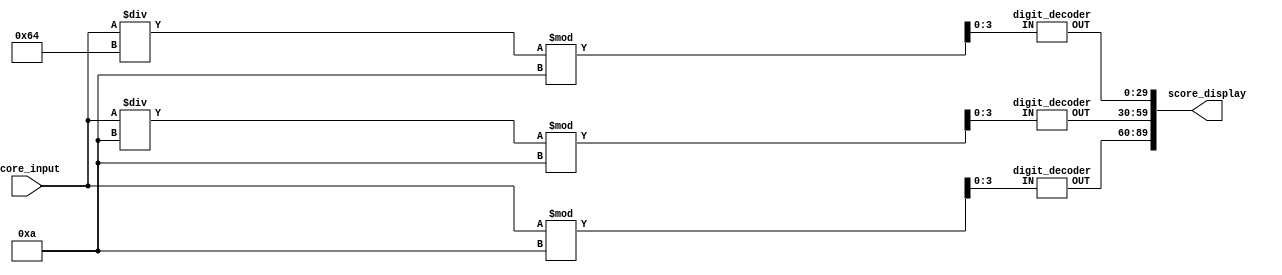
module score_to_display(
    output [89:0] score_display,
    input [7:0] score_input
);

	wire [29:0] digit_2, digit_1, digit_0;
	reg [3:0] value_2, value_1, value_0;
	
	// get the value of each digit
	always @(*)
	begin
		 value_2 <= (score_input / 100) % 10;
		 value_1 <= (score_input / 10) % 10;
		 value_0 <= score_input % 10 ;
	end

	// get the pixel information for each digit
	digit_decoder decoder_2 (
		 .OUT(digit_2),
		 .IN(value_2)
	);

	digit_decoder decoder_1 (
		 .OUT(digit_1),
		 .IN(value_1)
	);

	digit_decoder decoder_0 (
		 .OUT(digit_0),
		 .IN(value_0)
	);

	// put all the digits together
	assign score_display = {digit_0, digit_1, digit_2};

endmodule

module digit_decoder(
		 output [29:0] OUT,
		 input [3:0] IN
	);
	reg [29:0] pixels;

	assign OUT[5:0] = pixels[5:0];
	assign OUT[11:6] = pixels[11:6];
	assign OUT[17:12] = pixels[17:12];
	assign OUT[23:18] = pixels[23:18];
	assign OUT[29:24] = pixels[29:24];

	// pixel information to make a 5x6 representation of each digit
	always @(*)
   begin
	  case(IN[3:0])
			4'b0000: // 0
				 begin
					  pixels[5:0] 		= 6'b001100;
					  pixels[11:6] 	= 6'b010010;
					  pixels[17:12] 	= 6'b011010;
					  pixels[23:18] 	= 6'b010110;
					  pixels[29:24] 	= 6'b001100;
				 end
			4'b0001: // 1
				 begin
					  pixels[5:0] 		= 6'b000100;
					  pixels[11:6] 	= 6'b000110;
					  pixels[17:12] 	= 6'b000100;
					  pixels[23:18] 	= 6'b000100;
					  pixels[29:24] 	= 6'b001110;
				 end
			4'b0010: // 2
				 begin
					  pixels[5:0] 		= 6'b001100;
					  pixels[11:6] 	= 6'b010010;
					  pixels[17:12] 	= 6'b001000;
					  pixels[23:18] 	= 6'b000100;
					  pixels[29:24] 	= 6'b011110;
				 end
			4'b0011: // 3
				 begin
					  pixels[5:0] 		= 6'b001100;
					  pixels[11:6] 	= 6'b010010;
					  pixels[17:12] 	= 6'b001000;
					  pixels[23:18] 	= 6'b010010;
					  pixels[29:24] 	= 6'b001100;
				 end
			4'b0100: // 4
				 begin
					  pixels[5:0] 		= 6'b001000;
					  pixels[11:6] 	= 6'b001100;
					  pixels[17:12] 	= 6'b001010;
					  pixels[23:18] 	= 6'b011110;
					  pixels[29:24] 	= 6'b001000;
				 end
			4'b0101: // 5
				 begin
					  pixels[5:0] 		= 6'b001110;
					  pixels[11:6] 	= 6'b000010;
					  pixels[17:12] 	= 6'b001100;
					  pixels[23:18] 	= 6'b010000;
					  pixels[29:24] 	= 6'b001100;
				 end
			4'b0110: // 6
				 begin
					  pixels[5:0] 		= 6'b001100;
					  pixels[11:6] 	= 6'b000010;
					  pixels[17:12] 	= 6'b001110;
					  pixels[23:18] 	= 6'b010010;
					  pixels[29:24] 	= 6'b001100;
				 end
			4'b0111: // 7
				 begin
					  pixels[5:0] 		= 6'b011110;
					  pixels[11:6] 	= 6'b010010;
					  pixels[17:12] 	= 6'b001000;
					  pixels[23:18] 	= 6'b000100;
					  pixels[29:24] 	= 6'b000100;
				 end
			4'b1000: // 8
				 begin
					  pixels[5:0] 		= 6'b001100;
					  pixels[11:6] 	= 6'b010010;
					  pixels[17:12] 	= 6'b001100;
					  pixels[23:18] 	= 6'b010010;
					  pixels[29:24] 	= 6'b001100;
				 end
			4'b1001: // 9
				 begin
					  pixels[5:0] 		= 6'b001100;
					  pixels[11:6] 	= 6'b010010;
					  pixels[17:12] 	= 6'b011100;
					  pixels[23:18] 	= 6'b010000;
					  pixels[29:24] 	= 6'b001100;
				 end
			default: pixels[29:0] 	= 29'b0;
		endcase
    end
endmodule